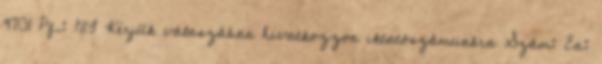
9701 Pf.: 183 Kérjük válaszában hivatkozzon iktatószámunkra Szám: Ea: